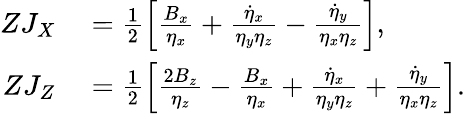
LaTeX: \begin{array}{rl}{ZJ_{X}}&{{}=\frac{1}{2}\Bigl[\frac{B_{x}}{\eta_{x}}+\frac{\dot{\eta}_{x}}{\eta_{y}\eta_{z}}-\frac{\dot{\eta}_{y}}{\eta_{x}\eta_{z}}\Bigl],}\\ {ZJ_{Z}}&{{}=\frac{1}{2}\Bigl[\frac{2B_{z}}{\eta_{z}}-\frac{B_{x}}{\eta_{x}}+\frac{\dot{\eta}_{x}}{\eta_{y}\eta_{z}}+\frac{\dot{\eta}_{y}}{\eta_{x}\eta_{z}}\Bigl].}\end{array}